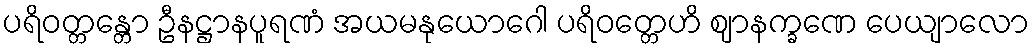
ပရိဝတ္တန္တော ဦနဋ္ဌာနပူရဏံ အယမနုယောဂေါ ပရိဝတ္တေဟိ ဈာနက္ခဏေ ပေယျာလော